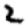
Digit: 2